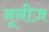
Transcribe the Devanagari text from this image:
नूनीज़